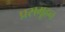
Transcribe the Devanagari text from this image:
प्रसमूहन